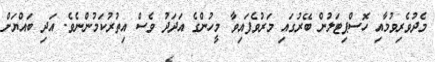
މެދުވެރިވުމާއި ހޮސްޕިޓަލުން ބޭރުގައި މަރުވެފައިވާ މީހުންގެ އަދަދު ވެސް އިތުރުކަމުންނެވެ. އަދި ބައްޔަށް